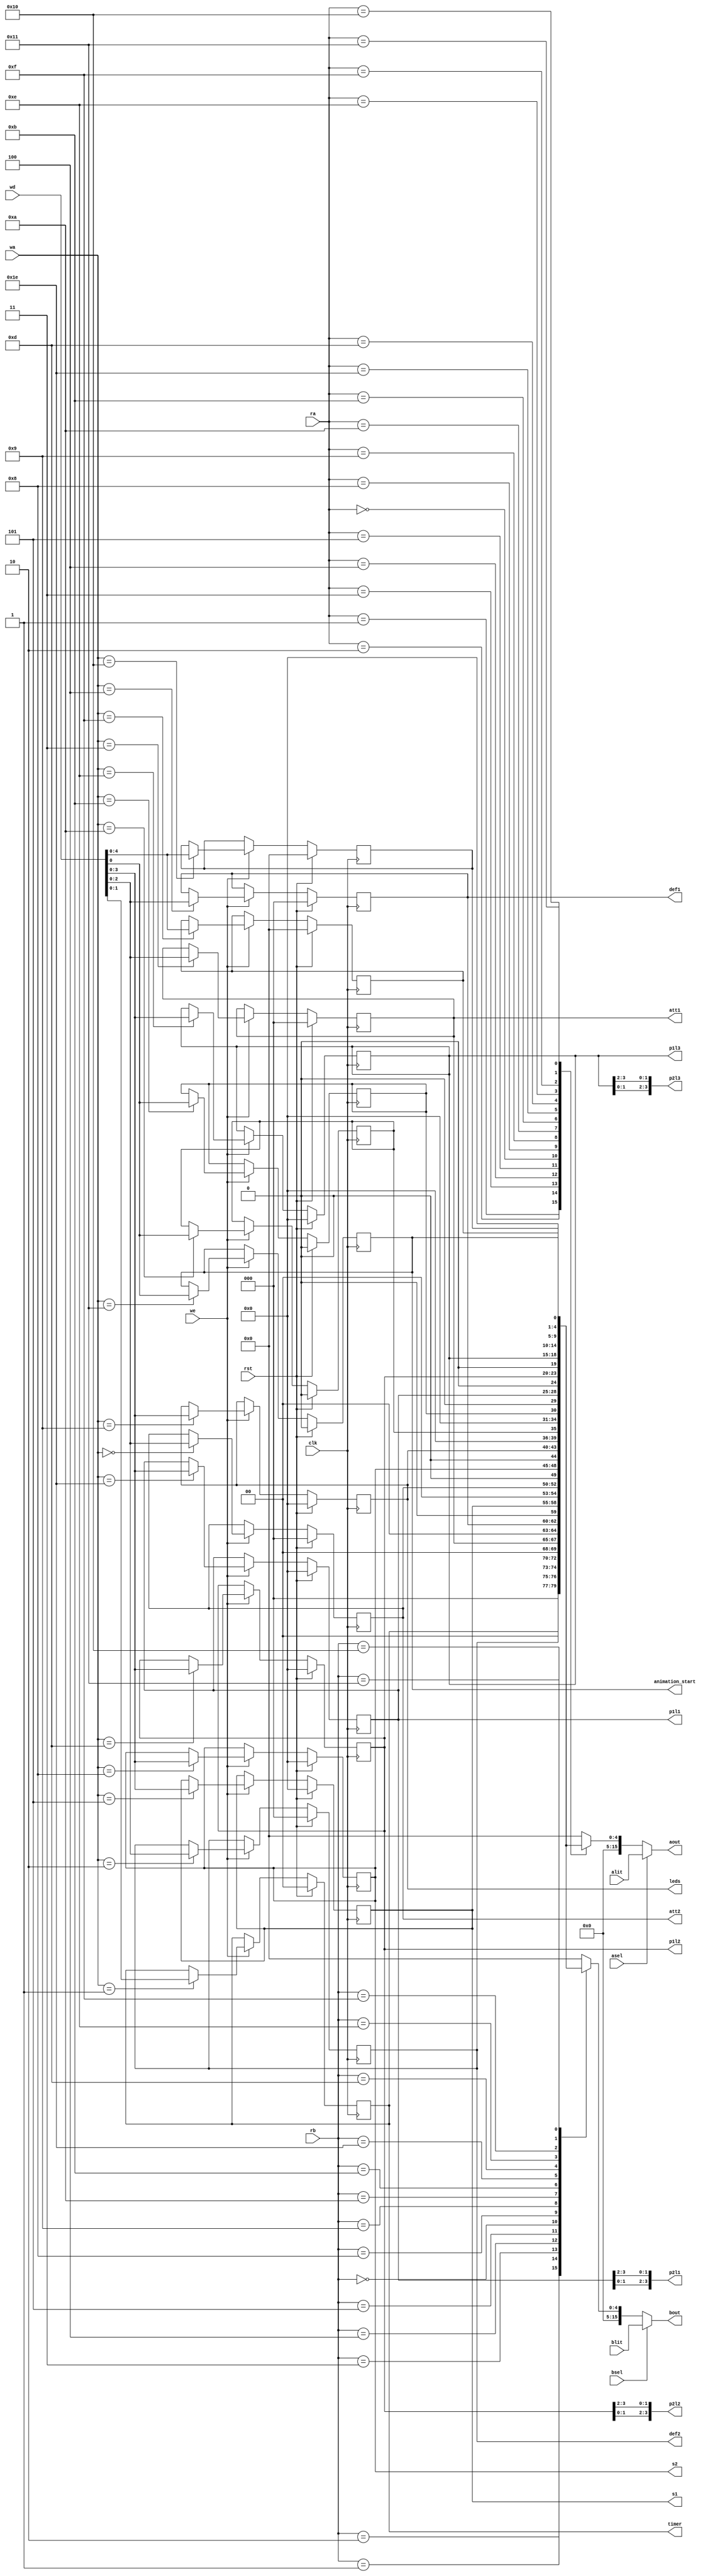
/*
   This file was generated automatically by the Mojo IDE version B1.3.6.
   Do not edit this file directly. Instead edit the original Lucid source.
   This is a temporary file and any changes made to it will be destroyed.
*/

module memory_8 (
    input clk,
    input rst,
    input [15:0] wd,
    input [4:0] wa,
    input [4:0] ra,
    input [4:0] rb,
    input [15:0] alit,
    input [15:0] blit,
    input [0:0] asel,
    input [0:0] bsel,
    input [0:0] we,
    output reg [15:0] aout,
    output reg [15:0] bout,
    output reg [1:0] timer,
    output reg [3:0] leds,
    output reg [3:0] s1,
    output reg [3:0] s2,
    output reg [2:0] att1,
    output reg [2:0] def1,
    output reg [2:0] att2,
    output reg [2:0] def2,
    output reg [3:0] p1l1,
    output reg [3:0] p1l2,
    output reg [3:0] p1l3,
    output reg [3:0] p2l1,
    output reg [3:0] p2l2,
    output reg [3:0] p2l3,
    output reg [0:0] animation_start
  );
  
  
  
  reg [1:0] M_rtimer_d, M_rtimer_q = 1'h0;
  reg [2:0] M_ratt1_d, M_ratt1_q = 1'h0;
  reg [2:0] M_rdef1_d, M_rdef1_q = 1'h0;
  reg [2:0] M_ratt2_d, M_ratt2_q = 1'h0;
  reg [2:0] M_rdef2_d, M_rdef2_q = 1'h0;
  reg [3:0] M_rs1_d, M_rs1_q = 1'h0;
  reg [3:0] M_rs2_d, M_rs2_q = 1'h0;
  reg [3:0] M_rled_d, M_rled_q = 1'h0;
  reg [0:0] M_rt_s1_d, M_rt_s1_q = 1'h0;
  reg [0:0] M_rt_s2_d, M_rt_s2_q = 1'h0;
  reg [3:0] M_rl1_d, M_rl1_q = 1'h0;
  reg [3:0] M_rl2_d, M_rl2_q = 1'h0;
  reg [3:0] M_rl3_d, M_rl3_q = 1'h0;
  reg [0:0] M_rstart_d, M_rstart_q = 1'h0;
  reg [0:0] M_rerror_d, M_rerror_q = 1'h0;
  reg [4:0] M_temp1_d, M_temp1_q = 1'h0;
  reg [4:0] M_temp2_d, M_temp2_q = 1'h0;
  
  always @* begin
    M_rt_s2_d = M_rt_s2_q;
    M_rstart_d = M_rstart_q;
    M_rt_s1_d = M_rt_s1_q;
    M_rdef2_d = M_rdef2_q;
    M_rdef1_d = M_rdef1_q;
    M_rled_d = M_rled_q;
    M_temp2_d = M_temp2_q;
    M_rtimer_d = M_rtimer_q;
    M_temp1_d = M_temp1_q;
    M_rs2_d = M_rs2_q;
    M_rs1_d = M_rs1_q;
    M_ratt1_d = M_ratt1_q;
    M_rl1_d = M_rl1_q;
    M_ratt2_d = M_ratt2_q;
    M_rl3_d = M_rl3_q;
    M_rl2_d = M_rl2_q;
    M_rerror_d = M_rerror_q;
    
    if (asel) begin
      aout = alit;
    end else begin
      
      case (ra)
        1'h1: begin
          aout = M_rtimer_q;
        end
        2'h2: begin
          aout = M_rdef2_q;
        end
        2'h3: begin
          aout = M_ratt1_q;
        end
        3'h4: begin
          aout = M_rdef1_q;
        end
        3'h5: begin
          aout = M_rs1_q;
        end
        1'h0: begin
          aout = M_ratt2_q;
        end
        4'h8: begin
          aout = M_rs2_q;
        end
        4'h9: begin
          aout = M_rled_q;
        end
        4'ha: begin
          aout = M_rt_s1_q;
        end
        4'hb: begin
          aout = M_rt_s2_q;
        end
        5'h1e: begin
          aout = M_rl1_q;
        end
        4'hd: begin
          aout = M_rl2_q;
        end
        4'he: begin
          aout = M_rl3_q;
        end
        4'hf: begin
          aout = M_temp1_q;
        end
        5'h10: begin
          aout = M_temp2_q;
        end
        5'h11: begin
          aout = M_rstart_q;
        end
        default: begin
          M_rerror_d = 1'h1;
          aout = 1'h0;
        end
      endcase
    end
    if (bsel) begin
      bout = blit;
    end else begin
      
      case (rb)
        1'h1: begin
          bout = M_rtimer_q;
        end
        2'h2: begin
          bout = M_rdef2_q;
        end
        2'h3: begin
          bout = M_ratt1_q;
        end
        3'h4: begin
          bout = M_rdef1_q;
        end
        3'h5: begin
          bout = M_rs1_q;
        end
        1'h0: begin
          bout = M_ratt2_q;
        end
        4'h8: begin
          bout = M_rs2_q;
        end
        4'h9: begin
          bout = M_rled_q;
        end
        4'ha: begin
          bout = M_rt_s1_q;
        end
        4'hb: begin
          bout = M_rt_s2_q;
        end
        5'h1e: begin
          bout = M_rl1_q;
        end
        4'hd: begin
          bout = M_rl2_q;
        end
        4'he: begin
          bout = M_rl3_q;
        end
        4'hf: begin
          bout = M_temp1_q;
        end
        5'h10: begin
          bout = M_temp2_q;
        end
        5'h11: begin
          bout = M_rstart_q;
        end
        default: begin
          M_rerror_d = 1'h1;
          bout = 1'h0;
        end
      endcase
    end
    if (we) begin
      
      case (wa)
        1'h1: begin
          M_rtimer_d = wd;
        end
        2'h2: begin
          M_rdef2_d = wd;
        end
        2'h3: begin
          M_ratt1_d = wd;
        end
        3'h4: begin
          M_rdef1_d = wd;
        end
        3'h5: begin
          M_rs1_d = wd;
        end
        1'h0: begin
          M_ratt2_d = wd;
        end
        4'h8: begin
          M_rs2_d = wd;
        end
        4'h9: begin
          M_rled_d = wd;
        end
        4'ha: begin
          M_rt_s1_d = wd;
        end
        4'hb: begin
          M_rt_s2_d = wd;
        end
        5'h1e: begin
          M_rl1_d = wd;
        end
        4'hd: begin
          M_rl2_d = wd;
        end
        4'he: begin
          M_rl3_d = wd;
        end
        4'hf: begin
          M_temp1_d = wd;
        end
        5'h10: begin
          M_temp2_d = wd;
        end
        5'h11: begin
          M_rstart_d = wd;
        end
        default: begin
          M_rerror_d = 1'h1;
        end
      endcase
    end
    timer = M_rtimer_q;
    leds = M_rled_q;
    att1 = M_ratt1_q;
    def1 = M_rdef1_q;
    att2 = M_ratt2_q;
    def2 = M_rdef2_q;
    s1 = M_rs1_q;
    s2 = M_rs2_q;
    animation_start = M_rstart_q;
    p1l1 = M_rl1_q[0+3-:4];
    p1l2 = M_rl2_q[0+3-:4];
    p1l3 = M_rl3_q[0+3-:4];
    p2l1 = {M_rl1_q[0+1-:2], M_rl1_q[2+1-:2]};
    p2l2 = {M_rl2_q[0+1-:2], M_rl2_q[2+1-:2]};
    p2l3 = {M_rl3_q[0+1-:2], M_rl3_q[2+1-:2]};
  end
  
  always @(posedge clk) begin
    if (rst == 1'b1) begin
      M_rtimer_q <= 1'h0;
      M_ratt1_q <= 1'h0;
      M_rdef1_q <= 1'h0;
      M_ratt2_q <= 1'h0;
      M_rdef2_q <= 1'h0;
      M_rs1_q <= 1'h0;
      M_rs2_q <= 1'h0;
      M_rled_q <= 1'h0;
      M_rt_s1_q <= 1'h0;
      M_rt_s2_q <= 1'h0;
      M_rl1_q <= 1'h0;
      M_rl2_q <= 1'h0;
      M_rl3_q <= 1'h0;
      M_rstart_q <= 1'h0;
      M_rerror_q <= 1'h0;
      M_temp1_q <= 1'h0;
      M_temp2_q <= 1'h0;
    end else begin
      M_rtimer_q <= M_rtimer_d;
      M_ratt1_q <= M_ratt1_d;
      M_rdef1_q <= M_rdef1_d;
      M_ratt2_q <= M_ratt2_d;
      M_rdef2_q <= M_rdef2_d;
      M_rs1_q <= M_rs1_d;
      M_rs2_q <= M_rs2_d;
      M_rled_q <= M_rled_d;
      M_rt_s1_q <= M_rt_s1_d;
      M_rt_s2_q <= M_rt_s2_d;
      M_rl1_q <= M_rl1_d;
      M_rl2_q <= M_rl2_d;
      M_rl3_q <= M_rl3_d;
      M_rstart_q <= M_rstart_d;
      M_rerror_q <= M_rerror_d;
      M_temp1_q <= M_temp1_d;
      M_temp2_q <= M_temp2_d;
    end
  end
  
endmodule